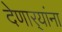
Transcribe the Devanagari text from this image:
देणार्‍यांना